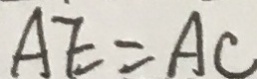
A E = A C